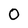
Character: 0